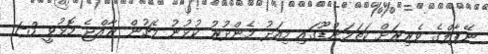
ނޭޕާލްގެ ވެރިރަށް ކަތަމަންޑޫގައި މިއަދު މެންދުރު ކުޅުނު މެޗުން ރާއްޖެ މޮޅުވީ 3-1